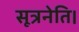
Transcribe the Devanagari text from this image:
सूत्रनेति।